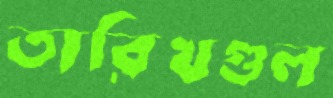
তারিখগুল